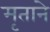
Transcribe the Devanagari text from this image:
मृताने